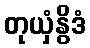
တုယှံနွိဒံ